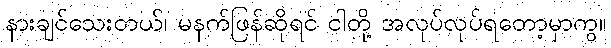
နားချင်သေးတယ်၊ မနက်ဖြန်ဆိုရင် ငါတို့ အလုပ်လုပ်ရတော့မှာကွ။